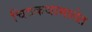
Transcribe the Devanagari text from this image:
चित्रकथामालेत